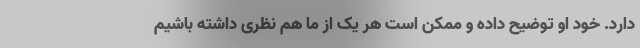
دارد. خود او توضیح داده و ممکن است هر یک از ما هم نظری داشته باشیم